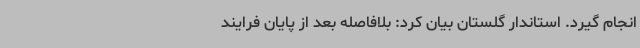
انجام گیرد. استاندار گلستان بیان کرد: بلافاصله بعد از پایان فرایند